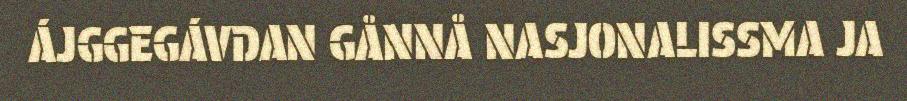
ÁJGGEGÁVDAN GÅNNÅ NASJONALISSMA JA